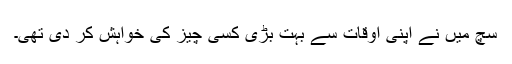
سچ میں نے اپنی اوقات سے بہت بڑی کسی چیز کی خواہش کر دی تھی۔